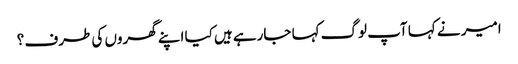
امیر نے کہا آپ لوگ کہا جارہے ہیں کیا اپنے گھروں کی طرف ؟